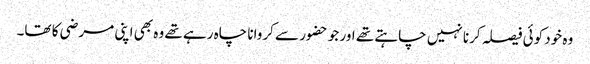
وہ خود کوئی فیصلہ کرنا نہیں چاہتے تھے اور جو حضور سے کروانا چاہ رہے تھے وہ بھی اپنی مرضی کا تھا۔